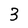
Character: 3